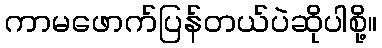
ကာမဖောက်ပြန်တယ်ပဲဆိုပါစို့။